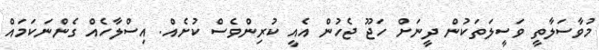
މުވާސަލާތީ ވަސީލަތަކުން ދީނަށް ހަޖޫ ޖެހުން އެއީ ކުރިންވެސް ކުށެއް. އިސްލާހެއް ގެންނަކަމައް